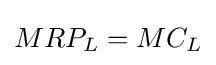
MRP_{L}=MC_{L}